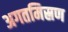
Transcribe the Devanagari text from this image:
अगतमिस्रण